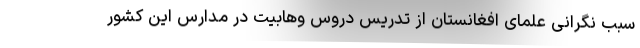
سبب نگرانی علمای افغانستان از تدریس دروس وهابیت در مدارس این کشور